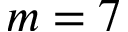
m = 7